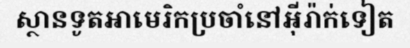
ស្ថានទូតអាមេរិកប្រចាំនៅអ៊ីរ៉ាក់ទៀត